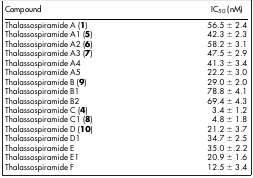
| Compound | IC50 (nM) |
 | --- | --- |
 | Thalassospiramide A (1) | 56.5 ± 2.4 |
 | Thalassospiramide A1 (5) | 42.3 ± 2.3 |
 | Thalassospiramide A2 (6) | 58.2 ± 3.1 |
 | Thalassospiramide A3 (7) | 47.5 ± 2.9 |
 | Thalassospiramide A4 | 41.3 ± 3.4 |
 | Thalassospiramide A5 | 22.2 ± 3.0 |
 | Thalassospiramide B (9) | 29.0 ± 2.0 |
 | Thalassospiramide B1 | 78.8 ± 4.1 |
 | Thalassospiramide B2 | 69.4 ± 4.3 |
 | Thalassospiramide C (4) | 3.4 ± 1.2 |
 | Thalassospiramide C1 (8) | 4.8 ± 1.8 |
 | Thalassospiramide D (10) | 21.2 ± 3.7 |
 | Thalassospiramide D1 | 34.7 ± 2.5 |
 | Thalassospiramide E | 35.0 ±.2.2 |
 | Thalassospiramide E1 | 20.9 ± 1.6 |
 | Thalassospiramide F | 12.5 ± 3.4 |